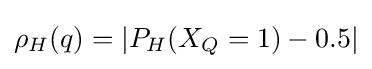
\rho _{H}(q)=|P_{H}(X_{Q}=1)-0.5|